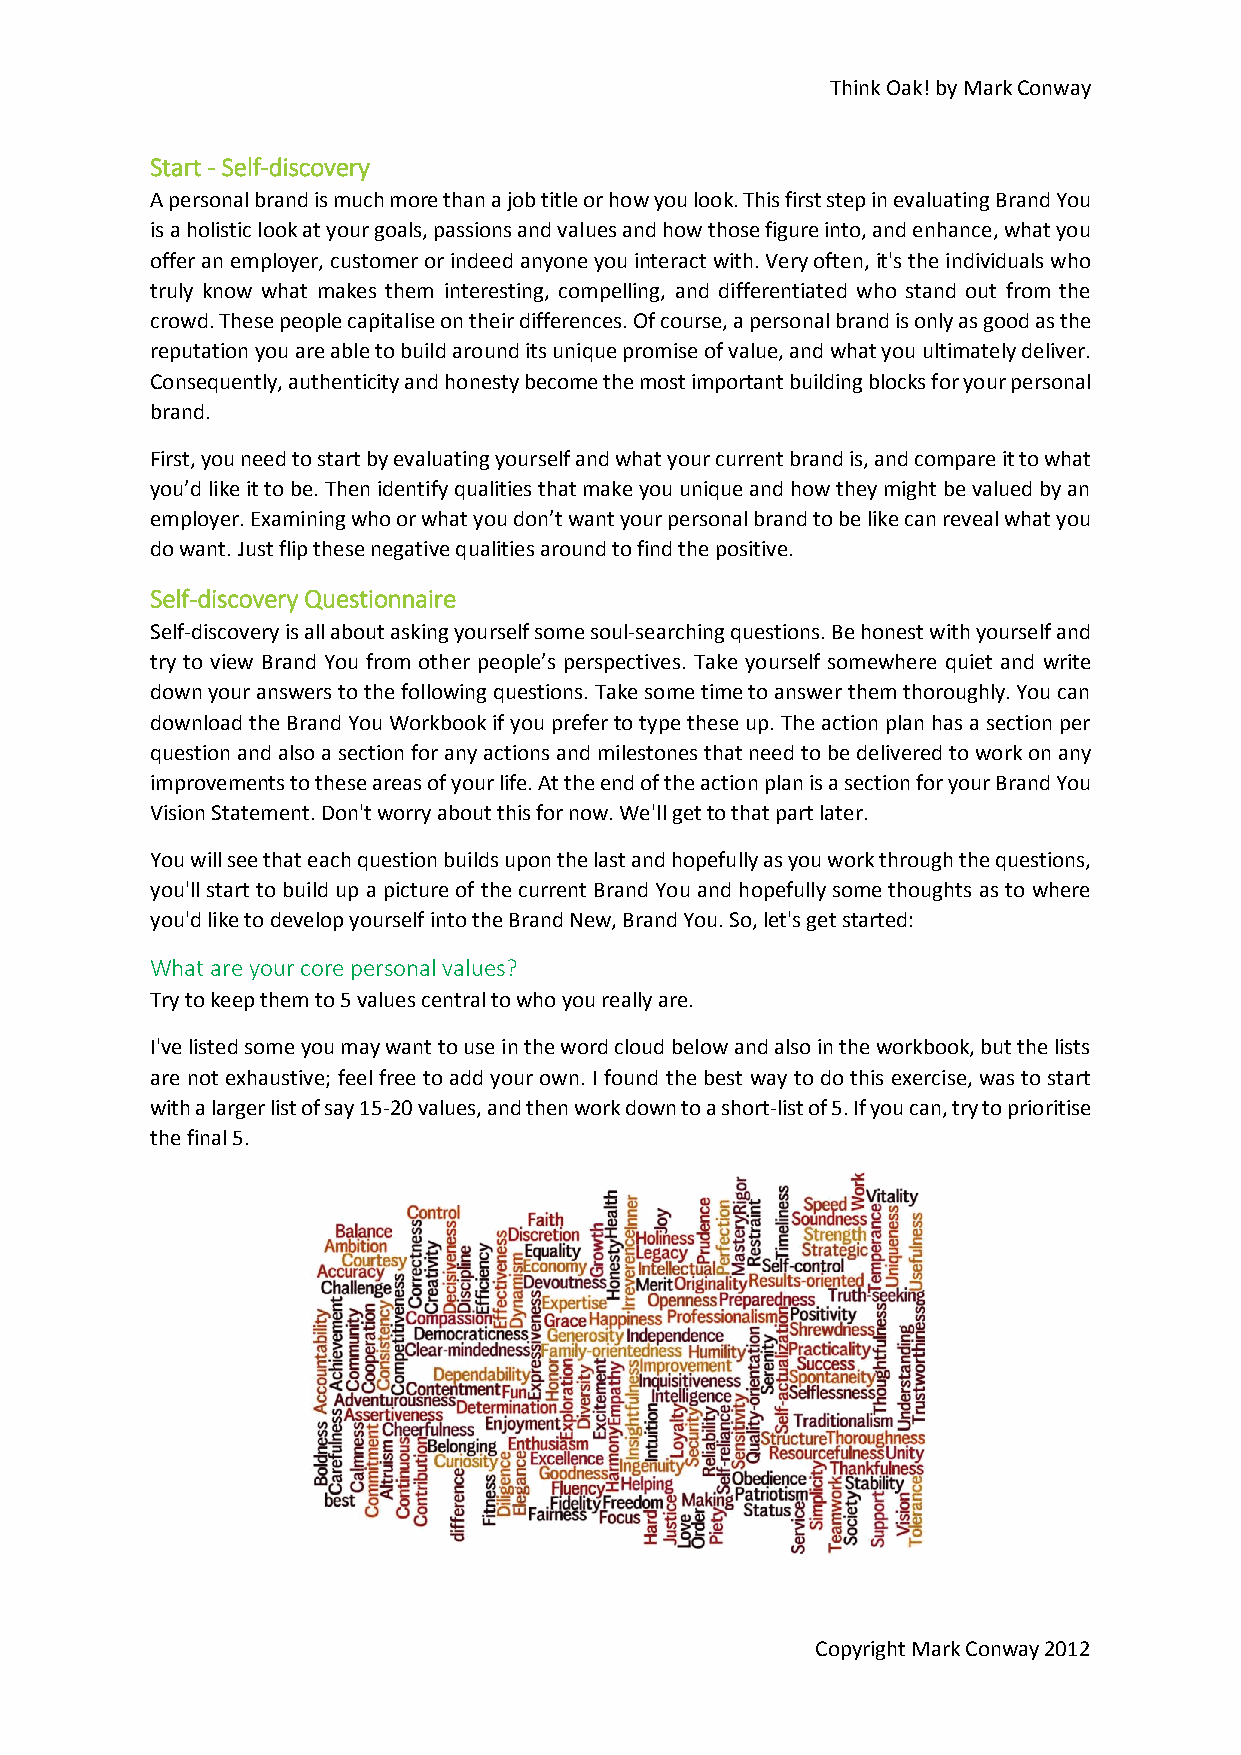
Think Oak! by Mark Conway
 Start - Self-discovery
 A personal brand is much more than a job title or how you look. This first step in evaluating Brand You
 is a holistic look at your goals, passions and values and how those figure into, and enhance, what you
 offer an employer, customer or indeed anyone you interact with. Very often, it's the individuals who
 truly know what makes them interesting, compelling, and differentiated who stand out from the
 crowd. These people capitalise on their differences. Of course, a personal brand is only as good as the
 reputation you are able to build around its unique promise of value, and what you ultimately deliver.
 Consequently, authenticity and honesty become the most important building blocks for your personal
 brand.
 First, you need to start by evaluating yourself and what your current brand is, and compare it to what
 you’d like it to be. Then identify qualities that make you unique and how they might be valued by an
 employer. Examining who or what you don’t want your personal brand to be like can reveal what you
 do want. Just flip these negative qualities around to find the positive.
 Self-discovery Questionnaire
 Self-discovery is all about asking yourself some soul-searching questions. Be honest with yourself and
 try to view Brand You from other people’s perspectives. Take yourself somewhere quiet and write
 down your answers to the following questions. Take some time to answer them thoroughly. You can
 download the Brand You Workbook if you prefer to type these up. The action plan has a section per
 question and also a section for any actions and milestones that need to be delivered to work on any
 improvements to these areas of your life. At the end of the action plan is a section for your Brand You
 Vision Statement. Don't worry about this for now. We'll get to that part later.
 You will see that each question builds upon the last and hopefully as you work through the questions,
 you'll start to build up a picture of the current Brand You and hopefully some thoughts as to where
 you'd like to develop yourself into the Brand New, Brand You. So, let's get started:
 What are your core personal values?
 Try to keep them to 5 values central to who you really are.
 I've listed some you may want to use in the word cloud below and also in the workbook, but the lists
 are not exhaustive; feel free to add your own. I found the best way to do this exercise, was to start
 with a larger list of say 15-20 values, and then work down to a short-list of 5. If you can, try to prioritise
 the final 5.
 Copyright Mark Conway 2012